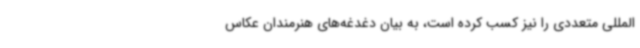
المللی متعددی را نیز کسب کرده است، به بیان دغدغه‌های هنرمندان عکاس